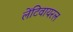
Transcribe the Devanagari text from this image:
लेंटिवायरल